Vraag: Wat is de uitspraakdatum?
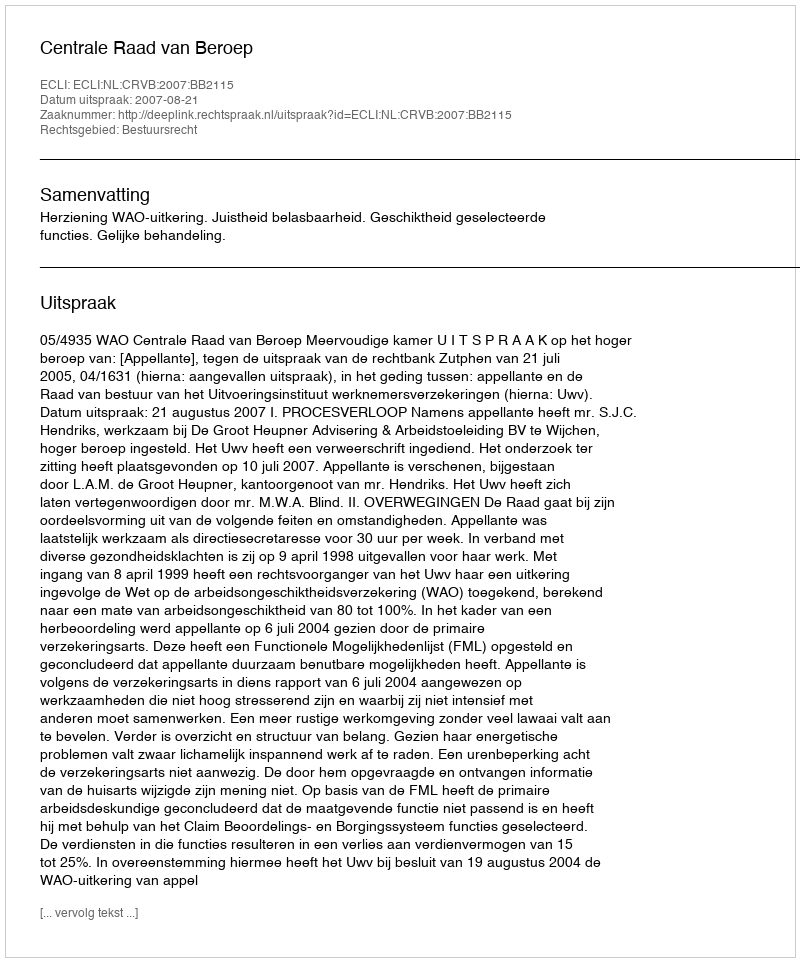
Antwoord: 2007-08-21